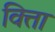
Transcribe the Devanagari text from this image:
वित्ता